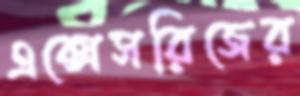
এক্সেসরিজের